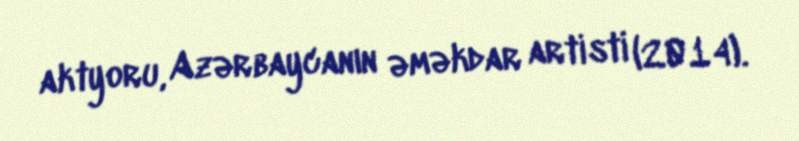
aktyoru, Azərbaycanın əməkdar artisti (2014).